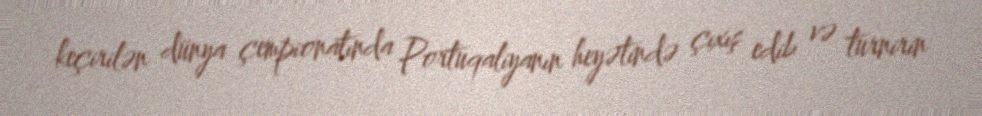
keçirilən dünya çempionatında Portuqaliyanın heyətində çıxış edib və turnirin